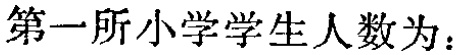
第一所小学学生人数为：